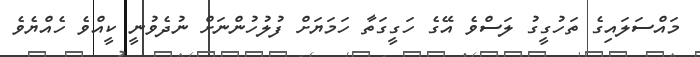
މައްސަލައިގެ ތަހުގީގު ލަސްވެ އޭގެ ހަގީގަތާ ހަމަޔަށް ފުލުހުންނަށް ނުދެވުނީ ކީއްވެ ހެއްޔެވެ